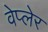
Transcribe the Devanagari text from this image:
वेप्लेर